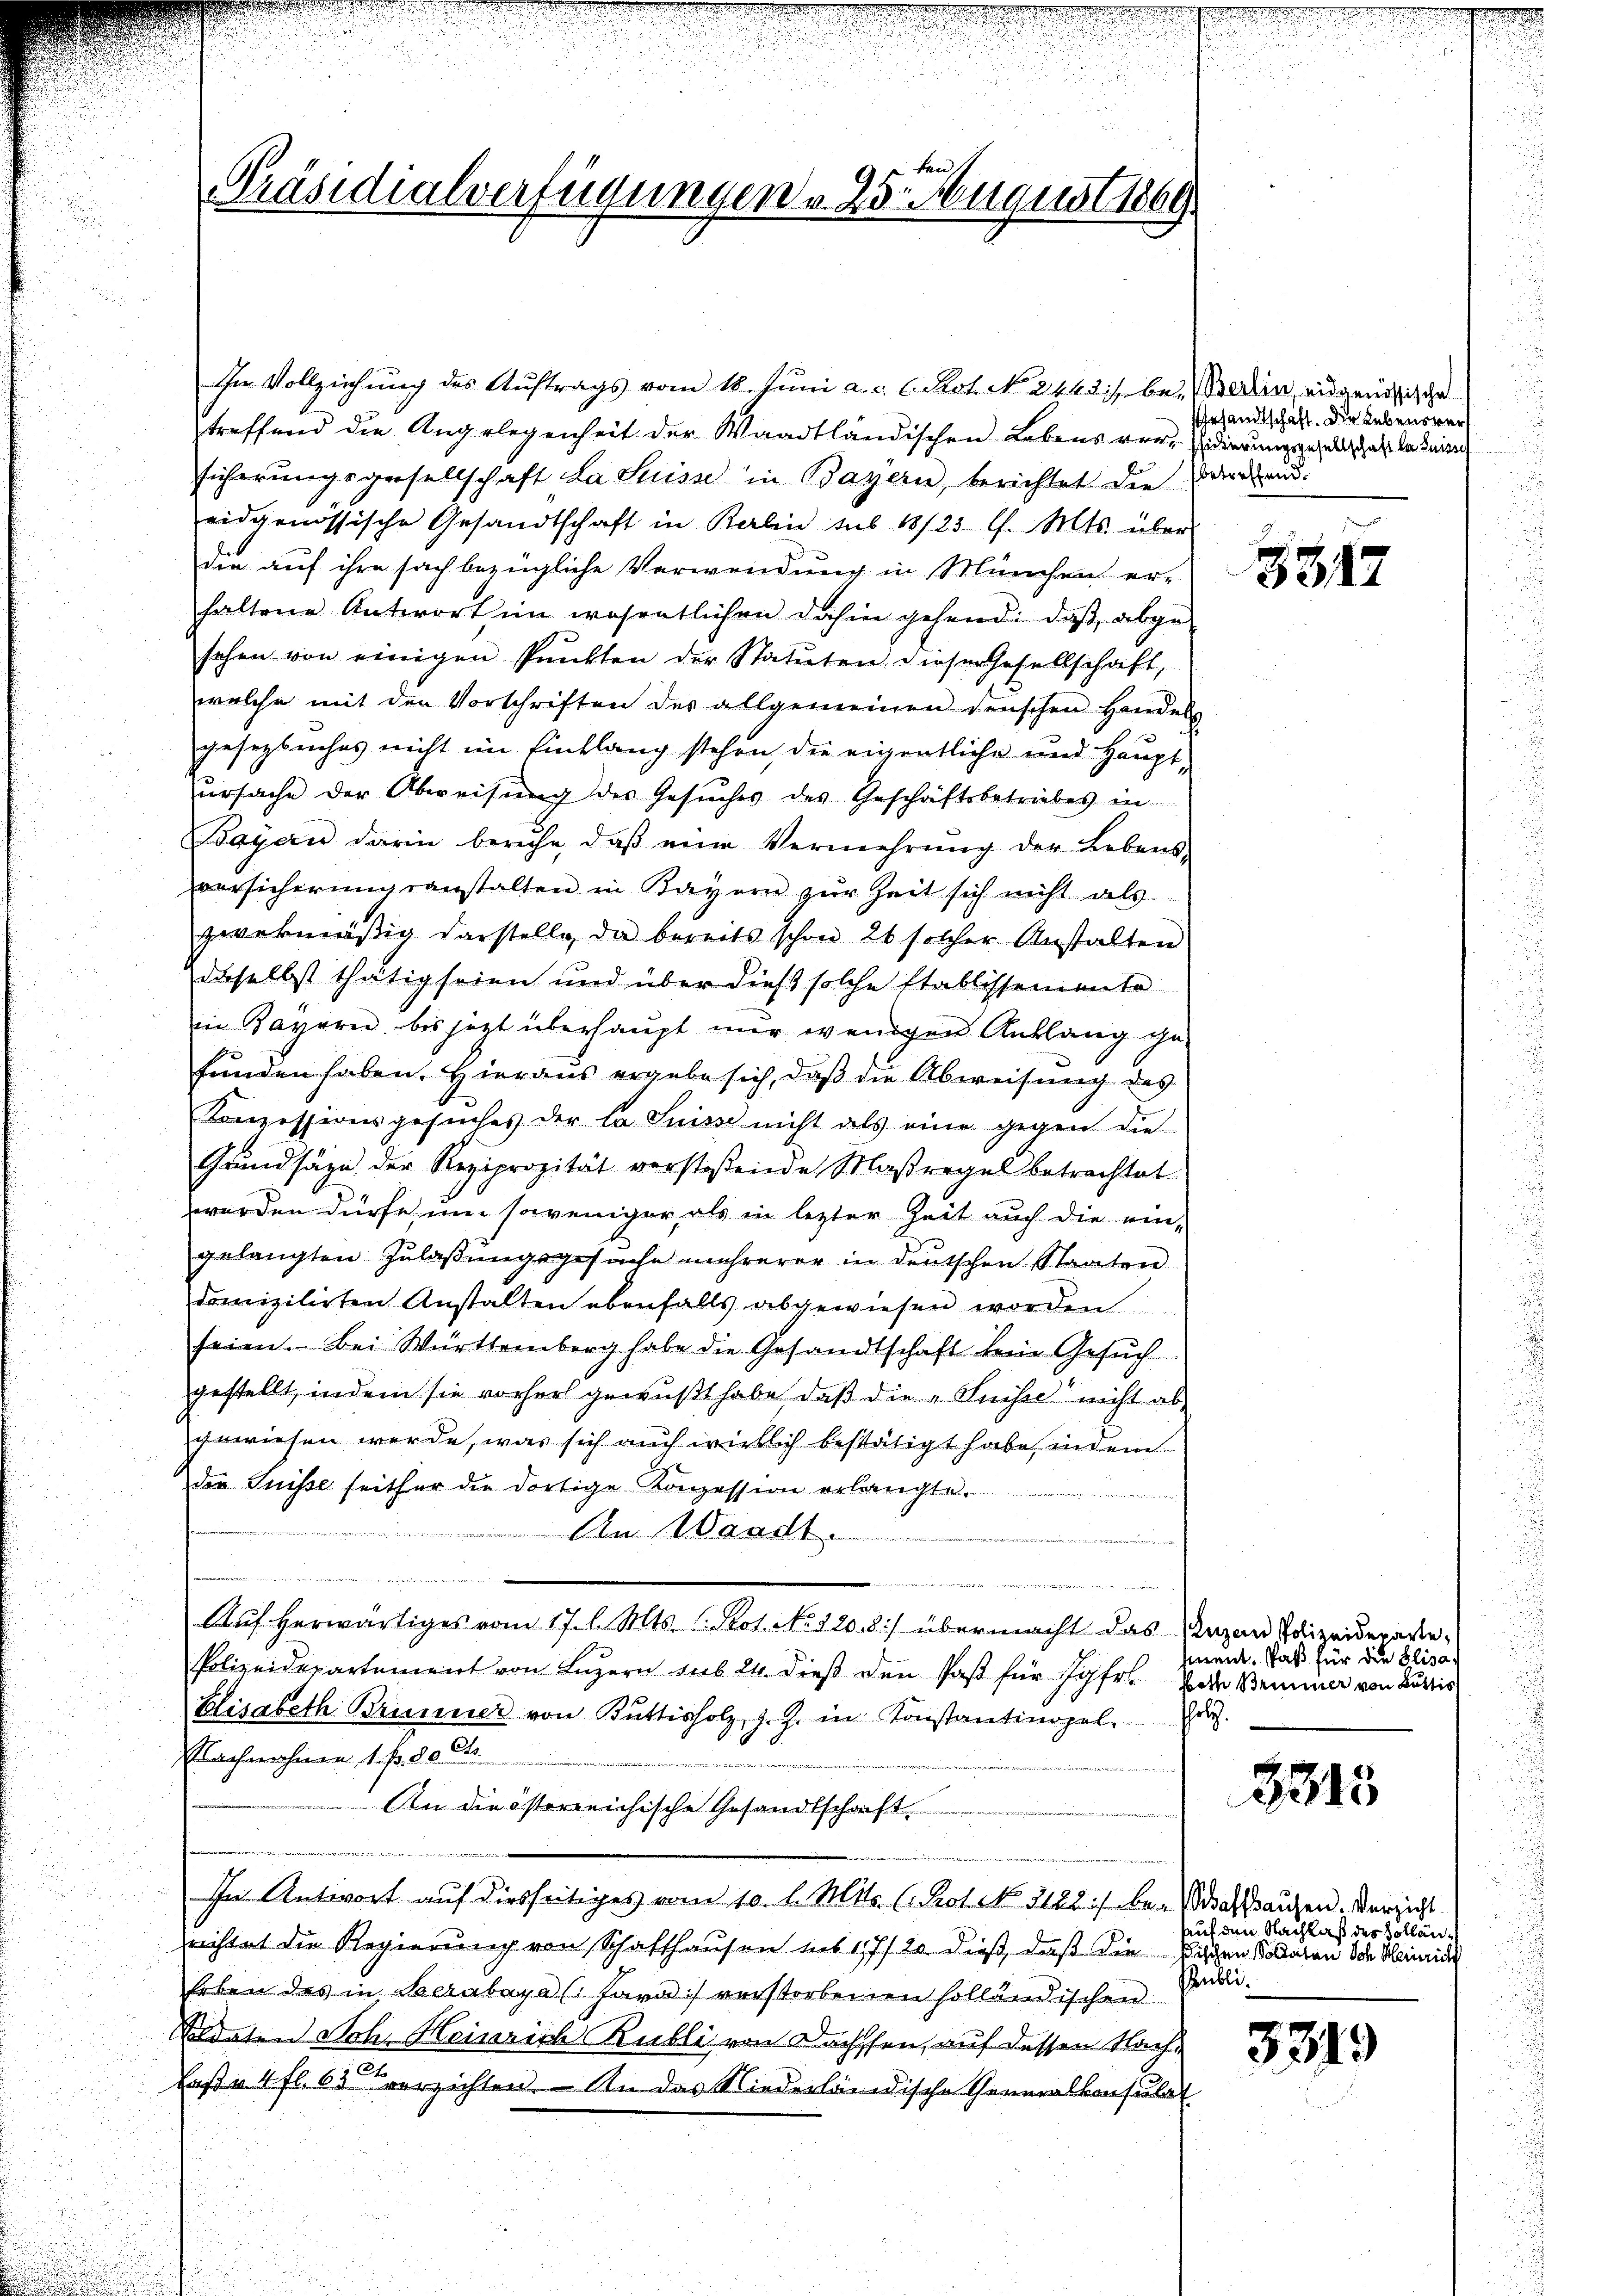
.

ten
Präsidialverfügungen v. 25. August 1869

Im Vollziehung des Auftrags vom 18. Juni a. c. l. Rot. No. 2443 :/ bei erin, eidgenößig ge
treffend die Angelegenheit der Waadtländischen Lebens ver- idierungsgesellat da deine
sicherungsgesellschaft da Suisse in Bayern, berichtet die dankend.
eidgenössische Gesandtschaft in Berlin sub 18/25 l. Mts. über
die auf ihre sach bezügliche Verwendung in München er-
haltene Antwort im wesentlichen dahin gehend: daß abge-
sehen von einigen Punkten der Statuten, dieser Gesellschaft,
welche mit den Vorschriften des allgemeinen denschen Handels
gesegleiches nicht im Einklang stehen, die eigentliche und Hauptursache der Abweisung des Gesŭches des Geschäftsbetriebes in
Bayern darin beruhe, daβ eine Vermehrŭng der Lebens-
versicherŭngsanstalten in Bayern zŭr Zeit sich nicht als
zwekmäßig darstelle, da bereits schon 20 solcher Anstalten
daselbst thätig seien und über dieß solche Etablissemente
in Bayern, bis jetzt überhaupt nur wenigen Anklang ge-
funden haben. Hieraus ergebe sich, daß die Abweisung des
Konzessionsgesuches der la Suisse nicht als eine gegen die
Grundsätze der Reziprozität verstoßende Maßregel betrachtet.
werden dürfe um soweniger, als in lezter Zeit auch die ein-
gelangten Zŭlaβŭngsgesuche mehrerer in deutschen Staaten
domizilirten Anstalten ebenfalls abgewiesen worden
seien. Bei Württemberg habe die Gesandtschaft kein Gesuch
gestellt, indem sie vorher gewußt habe, daß die „Suisse nicht abgewiesen werde, was sich auch wirklich bestätigt habe, indem
der Suisse seither die dortige Konzession erlangte.
Mitin ich d
An Waadt.
i
i
aeten der
Auf herwärtiges vom 17. d. Mts. v. Prot. No. 120. 8) übermacht das Arzen Polizeiderarte¬
Polizeidepartement von Luzern sub 24. dieß den Paß für Jgfr. die Beminer von Kurtis
Elisabeth Brunner von Büttisholz, z. Z. in Konstantinopel. Zur
Nachmahnen 1. Pr. 80 R
.
An die österreichische Gesandtschaft.
In Antwort auf diesseitiges vom 10. l. Mts. (Prot. No. 2122 ./ aber das ausen. Verzicht
srichtet die Regierung von Schaffhausen ins 17/20 dieß, daß die Fischen Soldaten die Meinige
heben des in Berabaya (fara) verstorbenen holländischen
daten Joh. Heinrich Rubli von Dachsten, auf dessen Nach¬
.
Caße 4 fl. 63 Verzichten. An das Niederländische Generalkonsulat

.
i

Gesandtschaft. Die Lebensver

3317

sment. Paß für die Elisa

8313

Auf den Nachlaß des Sollän¬
Publi¬
u

3319